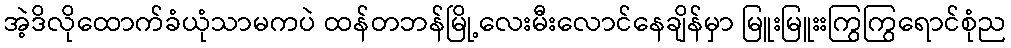
အဲ့ဒိလိုထောက်ခံယုံသာမကပဲ ထန်တဘန်မြို့လေးမီးလောင်နေချိန်မှာ မြူးမြူးးကြွကြွရောင်စုံည